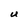
Character: U